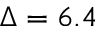
\Delta = 6 . 4